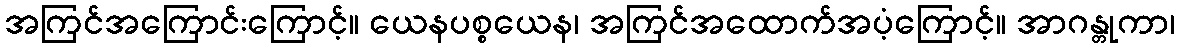
အကြင်အကြောင်းကြောင့်။ ယေနပစ္စယေန၊ အကြင်အထောက်အပံ့ကြောင့်။ အာဂန္တုကာ၊